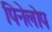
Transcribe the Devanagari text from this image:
पिनेलोप